Indian journal of veterinary science and animal husbandry - Volumes 15-17, 1948-1951
Year: 1948
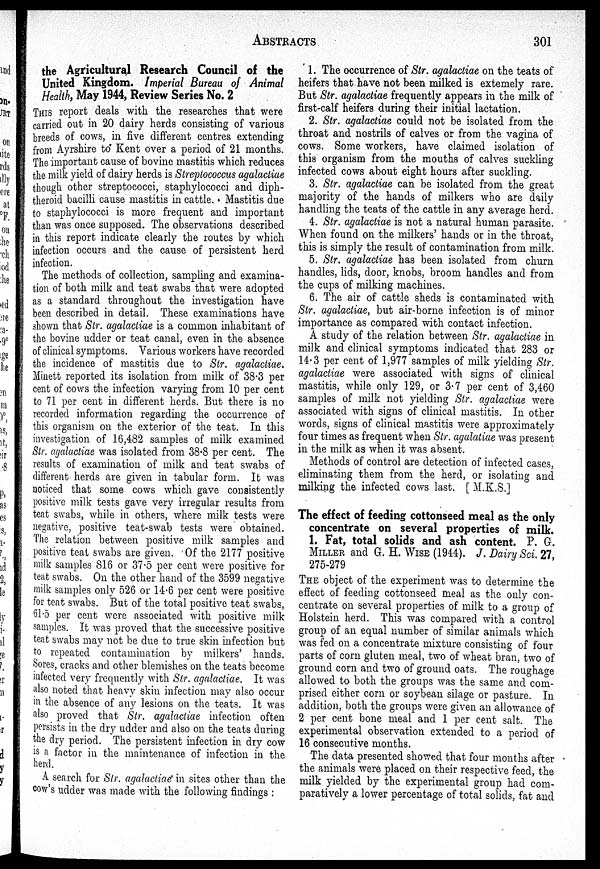
ABSTRACTS
301
the Agricultural Research Council of the
United Kingdom. Imperial Bureau of Animal
Health, May 1944, Review Series No. 2
THIS report deals with the researches that were
carried out in 20 dairy herds consisting of various
breeds of cows, in five different centres extending
from Ayrshire to Kent over a period of 21 months.
The important cause of bovine mastitis which reduces
the milk yield of dairy herds is Streptococcus agalactiae
though other streptococci, staphylococci and diph-
theroid bacilli cause mastitis in cattle. Mastitis due
to staphylococci is more frequent and important
than was once supposed. The observations described
in this report indicate clearly the routes by which
infection occurs and the cause of persistent herd
infection.
The methods of collection, sampling and examina-
tion of both milk and teat swabs that were adopted
as a standard throughout the investigation have
been described in detail. These examinations have
shown that Sir. agalactiae is a common inhabitant of
the bovine udder or teat canal, even in the absence
of clinical symptoms. Various workers have recorded
the incidence of mastitis due to Str. agalactiae.
Minett reported its isolation from milk of 38.3 per
cent of cows the infection varying from 10 per cent
to 71 per cent in different herds. But there is no
recorded information regarding the occurrence of
this organism on the exterior of the teat. In this
investigation of 16,482 samples of milk examined
Str. agalactiae was isolated from 38.8 per cent. The
results of examination of milk and teat swabs of
different herds are given in tabular form. It was
noticed that some cows which gave consistently
positive milk tests gave very irregular results from
teat swabs, while in others, where milk tests were
negative, positive teat-swab tests were obtained.
The relation between positive milk samples and
positive teat swabs are given. Of the 2177 positive
milk samples 816 or 37.5 per cent were positive for
teat swabs. On the other hand of the 3599 negative
milk samples only 526 or 14.6 per cent were positive
for teat swabs. But of the total positive teat swabs,
61.5 per cent were associated with positive milk
samples. It was proved that the successive positive
teat swabs may not be due to true skin infection but
to repeated contamination by milkers' hands.
Sores, cracks and other blemishes on the teats become
infected very frequently with Str. agalactiae. It was
also noted that heavy skin infection may also occur
in the absence of any lesions on the teats. It was
also proved that Str. agalactiae infection often
persists in the dry udder and also on the teats during
the dry period. The persistent infection in dry cow
is a factor in the maintenance of infection in the
herd.
A search for Str. agalactiae in sites other than the
cow's udder was made with the following findings:
1. The occurrence of Str. agalactiae on the teats of
heifers that have not been milked is extemely rare.
But Str. agalactiae frequently appears in the milk of
first-calf heifers during their initial lactation.
2. Str. agalactiae could not be isolated from the
throat and nostrils of calves or from the vagina of
cows. Some workers, have claimed isolation of
this organism from the mouths of calves suckling
infected cows about eight hours after suckling.
3. Str. agalactiae can be isolated from the great
majority of the hands of milkers who are daily
handling the teats of the cattle in any average herd.
4. Str. agalactiae is not a natural human parasite.
When found on the milkers' hands or in the throat,
this is simply the result of contamination from milk.
5. Sir. agalactiae has been isolated from churn
handles, lids, door, knobs, broom handles and from
the cups of milking machines.
6. The air of cattle sheds is contaminated with
Str. agalactiae, but air-borne infection is of minor
importance as compared with contact infection.
A study of the relation between Str. agalactiae in
milk and clinical symptoms indicated that 283 or
14.3 per cent of 1,977 samples of milk yielding Str.
agalactiae were associated with signs of clinical
mastitis, while only 129, or 3.7 per cent of 3,460
samples of milk not yielding Str. agalactiae were
associated with signs of clinical mastitis. In other
words, signs of clinical mastitis were approximately
four times as frequent when Str. agalatiae was present
in the milk as when it was absent.
Methods of control are detection of infected cases,
eliminating them from the herd, or isolating and
milking the infected cows last. [M.K.S.]
The effect of feeding cottonseed meal as the only
concentrate on several properties of milk.
1. Fat, total solids and ash content. P. G.
MILLER and G. H. WISE (1944). J. Dairy Sci. 27,
275-279
THE object of the experiment was to determine the
effect of feeding cottonseed meal as the only con-
centrate on several properties of milk to a group of
Holstein herd. This was compared with a control
group of an equal number of similar animals which
was fed on a concentrate mixture consisting of four
parts of corn gluten meal, two of wheat bran, two of
ground corn and two of ground oats. The roughage
allowed to both the groups was the same and com-
prised either corn or soybean silage or pasture. In
addition, both the groups were given an allowance of
2 per cent bone meal and 1 per cent salt. The
experimental observation extended to a period of
16 consecutive months.
The data presented showed that four months after
the animals were placed on their respective feed, the
milk yielded by the experimental group had com-
paratively a lower percentage of total solids, fat and